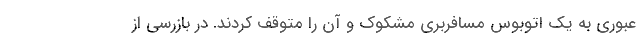
عبوری به یک اتوبوس مسافربری مشکوک و آن را متوقف کردند. در بازرسی از